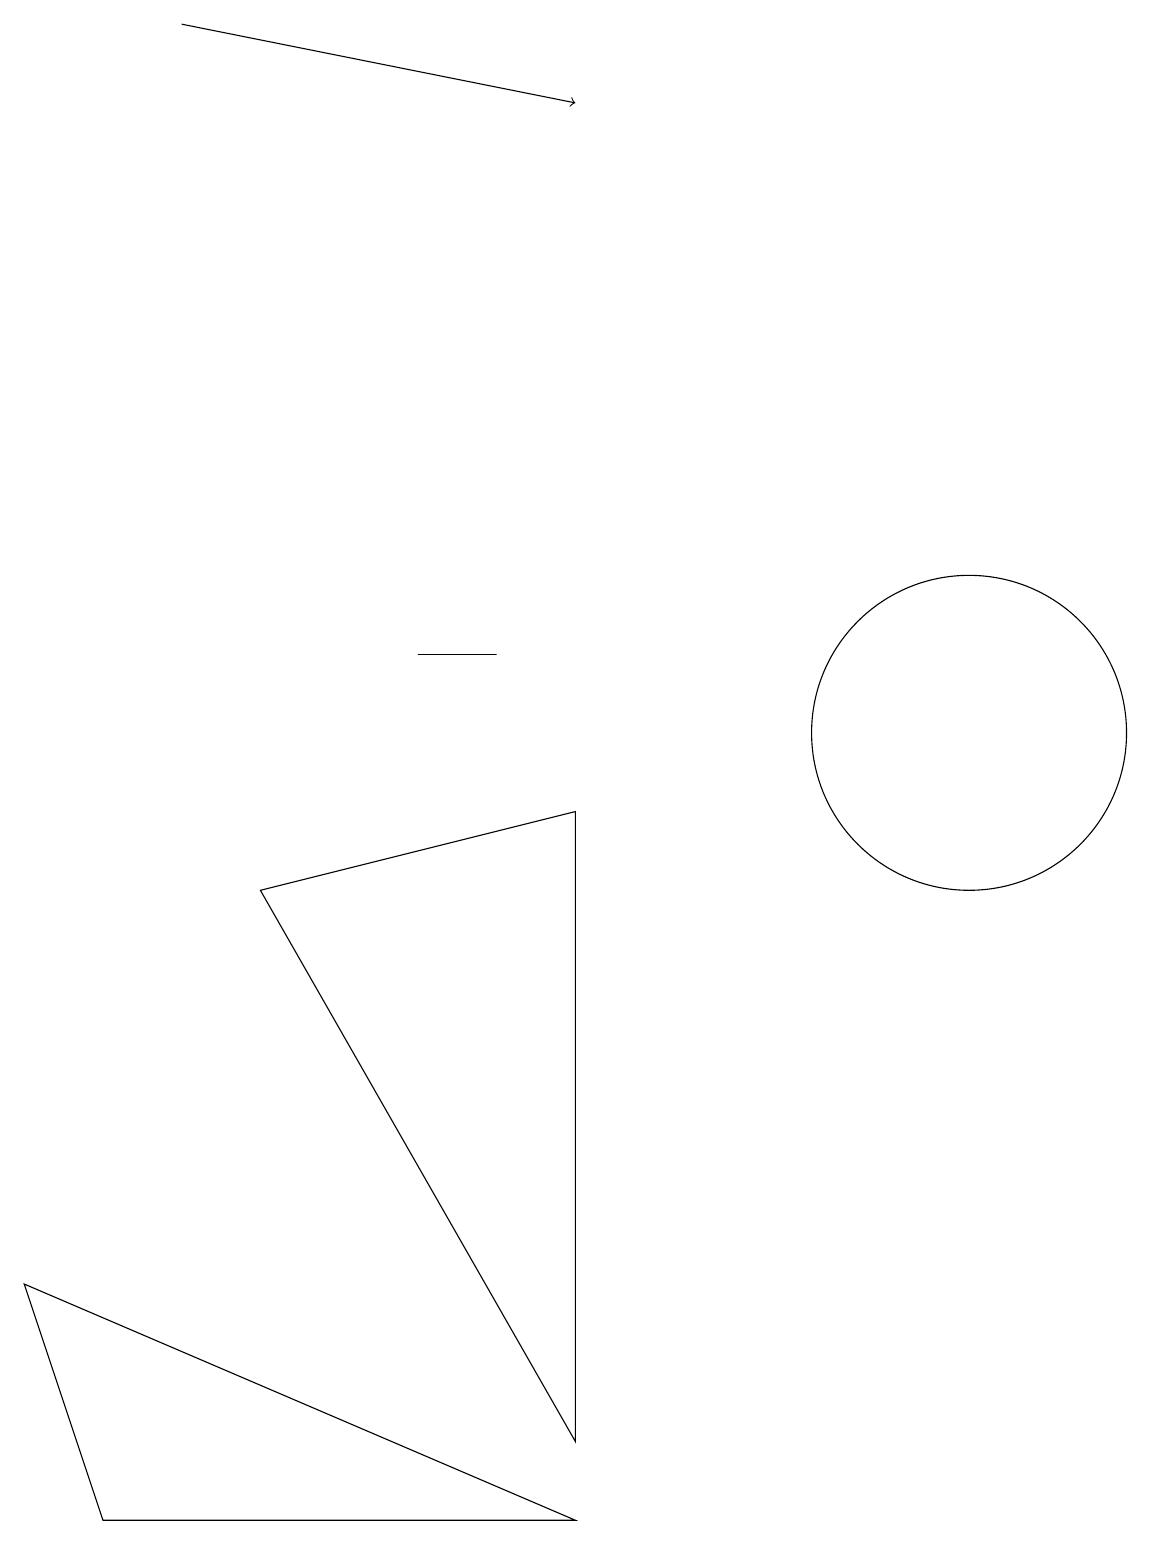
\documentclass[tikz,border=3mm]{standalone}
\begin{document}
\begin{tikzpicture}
\draw (0,3) -- (7,0) -- (1,0) -- cycle;
\draw[->] (2,19) -- (7,18);
\draw (12,10) circle (2);
\draw (5,11) rectangle (6,11);
\draw (3,8) -- (7,9) -- (7,1) -- cycle;
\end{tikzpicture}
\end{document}